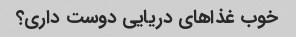
خوب غذاهای دریایی دوست داری؟